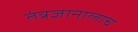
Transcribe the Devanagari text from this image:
तंत्रज्ञानालाच